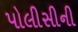
પોલીસીની